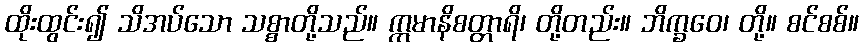
ထိုးထွင်း၍ သိအပ်သော သစ္စာတို့သည်။ ဣမာနိစတ္တာရိ၊ တို့တည်း။ ဘိက္ခဝေ၊ တို့။ စင်စစ်။